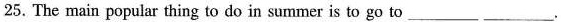
25. The main popular thing to do in summer is to go to______ ______.